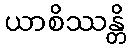
ယာစိဿန္တိ